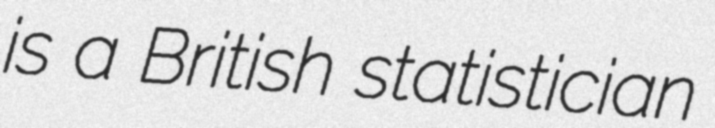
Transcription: is a British statistician